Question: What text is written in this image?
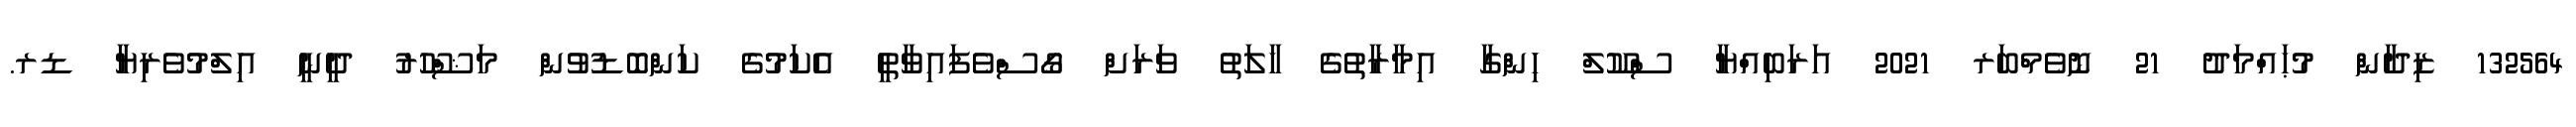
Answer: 132564 ޒިދާން މުޙައްމަދު 21 ނޮވެމްބަރ 2021 އަރަބިއްޔާ ސްކޫލް ހިންގާ އިމާރާތުގެ ހާލަތު ވަރަށް ގޯސްވެފައިވާތީ އެކަމުގެ ކަންބޮޑުވުން މަޝްހޫރު ދީނީ އިލްމުވެރިޔާ ޑރ.